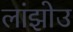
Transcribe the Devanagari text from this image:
लांझोउ